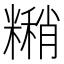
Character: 𬖹